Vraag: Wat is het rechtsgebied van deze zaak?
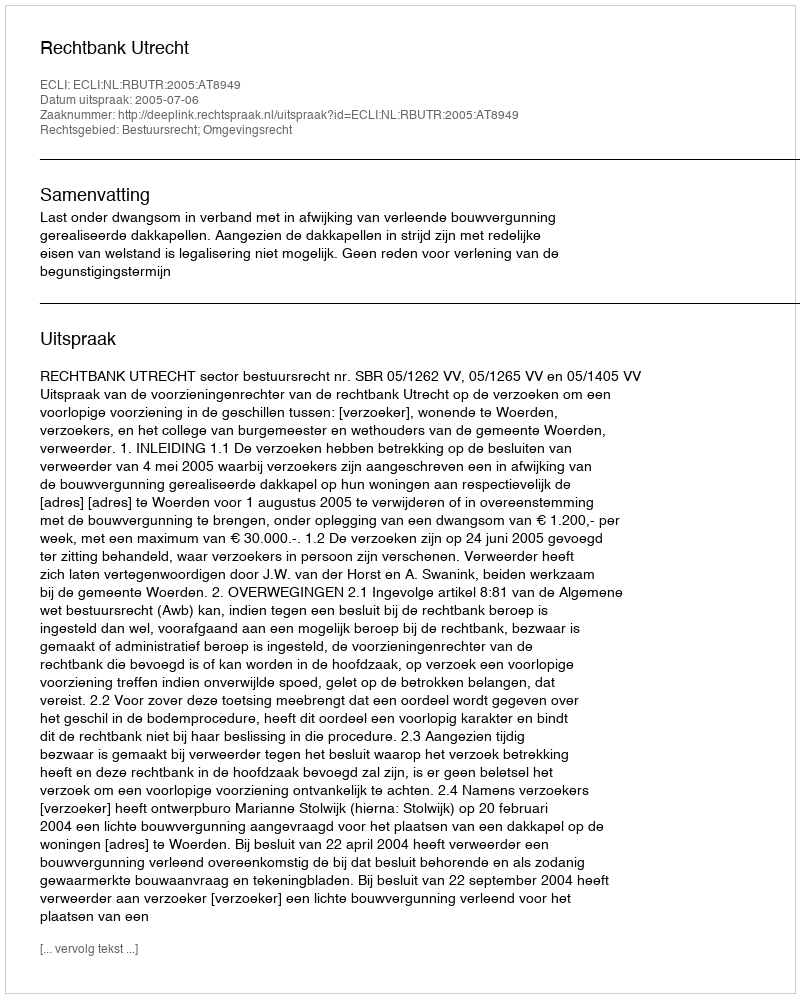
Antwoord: Bestuursrecht; Omgevingsrecht